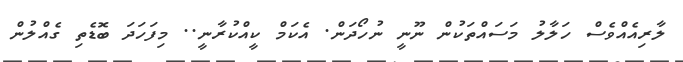
ލާރިއެއްވެސް ހަލާލު މަސައްތަކުން ނޫނީ ނުހޯދަން. އެކަމް ކީއްކުރާނީ.. މިފަހަދަ ބޮޑެތި ގެއްލުން